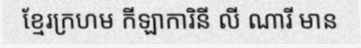
ខ្មែរក្រហម កីឡាការិនី លី ណារី មាន